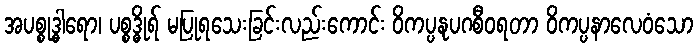
အပစ္စုဒ္ဓါရော၊ ပစ္စဒ္ဓိုရ် မပြုရသေးခြင်းလည်းကောင်း ဝိကပ္ပနုပဂစီဝရတာ ဝိကပ္ပနာလေဝံသော